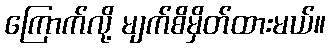
ကြောက်လို့ မျက်စိမှိတ်ထားမယ်။